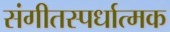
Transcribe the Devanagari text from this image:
संगीतस्पर्धात्मक